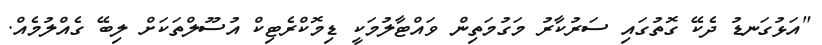
"އަޅުގަނޑު ދެކޭ ގޮތުގައި ސަރުކާރު މަގުމަތިން ވައްޓާލުމަކީ ޑިމޮކްރެޓިކް އުސޫލްތަކަށް ލިބޭ ގެއްލުމެއް.